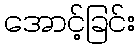
အောင့်ခြင်း